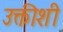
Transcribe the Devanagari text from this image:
उक्तीशी